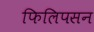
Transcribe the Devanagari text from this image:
फिलिपसन